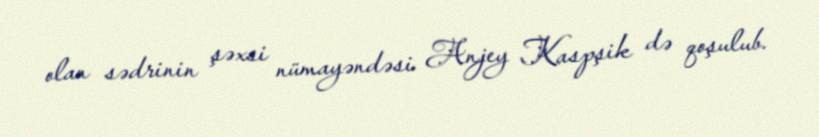
olan sədrinin şəxsi nümayəndəsi Anjey Kaspşik də qoşulub.